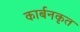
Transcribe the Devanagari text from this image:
कार्बनकृत